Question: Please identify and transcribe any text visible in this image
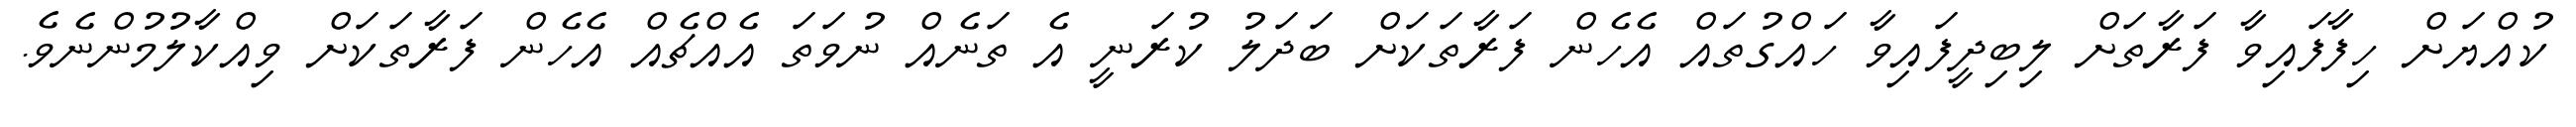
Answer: ކުއްޔަށް ހިފާފައިވާ ފަރާތަށް ލިބިދީފައިވާ ހައްގުތައް އެހެން ފަރާތަކަށް ބަދަލު ކުރަނީ އެ ތަނެއް ނުވަތަ އެއްޗެއް އެހެން ފަރާތަކަށް ވިއްކާލުމުންނެވެ.